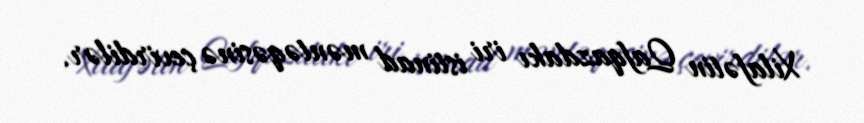
Xilafətin Qafqazdakı iri istinad məntəqəsinə çevirdilər.